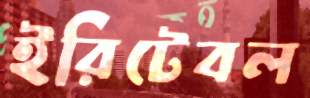
ইরিটেবল